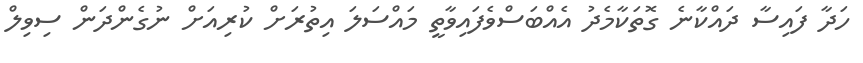
ހަދާ ފައިސާ ދައްކާނެ ގޮތަކާމެދު އެއްބަސްވެފައިވާތީ މައްސަލަ އިތުރަށް ކުރިއަށް ނުގެންދަން ސިވިލް